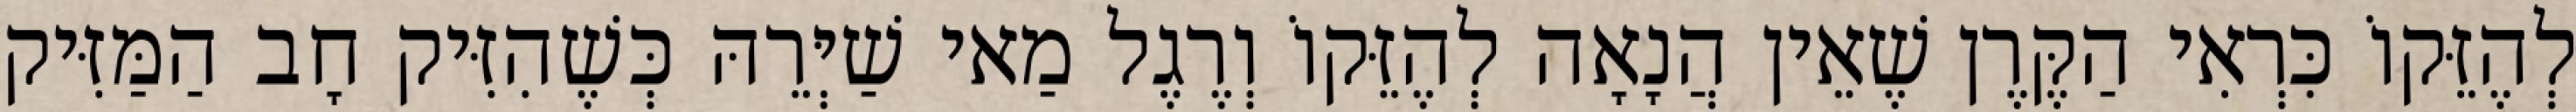
לְהֶזֵּקוֹ כִּרְאִי הַקֶּרֶן שֶׁאֵין הֲנָאָה לְהֶזֵּקוֹ וְרֶגֶל מַאי שַׁיְּרֵהּ כְּשֶׁהִזִּיק חָב הַמַּזִּיק